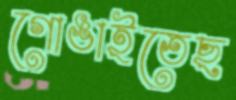
গোঙাইতেছ